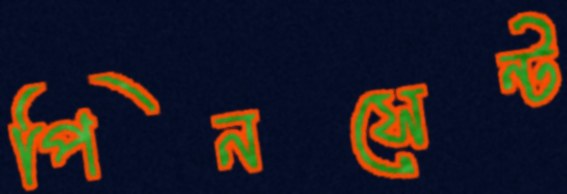
পিনসেন্ট